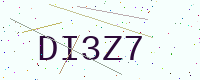
Text: DI3Z7